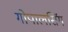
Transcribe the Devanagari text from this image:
गोपालसिंग